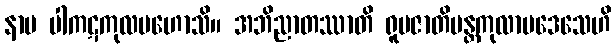
နာမ ပါကဋကုလမဟောသိ။ အဘိညာတဿာတိ ရူပဇာတိမန္တကုလာပဒေသေဟိ